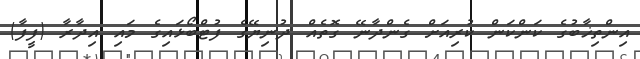
އިންތިޚާބުގެ ކަންކަން ކުރިއަށް ގެންދާނޭ ގޮތެއް ދުނިޔޭގެ ފުޓްބޯޅައިގެ މައި އިދާރާ (ފީފާ)